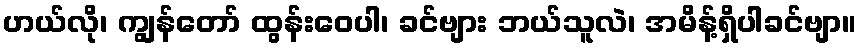
ဟယ်လို၊ ကျွန်တော် ထွန်းဝေပါ၊ ခင်ဗျား ဘယ်သူလဲ၊ အမိန့်ရှိပါခင်ဗျာ။